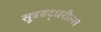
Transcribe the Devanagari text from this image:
सूत्रबद्धरीत्या